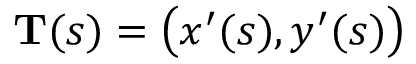
\mathbf { T } ( s ) = { \bigl ( } x ^ { \prime } ( s ) , y ^ { \prime } ( s ) { \bigr ) }